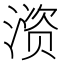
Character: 𫞚